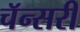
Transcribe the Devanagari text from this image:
चॅन्सरी